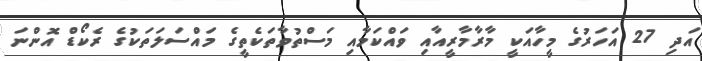
އަދި 27 އަހަރުގެ މީހާއަކީ މާރާމާރީއާއި ވައްކަމާއި މަސްތުވާތަކެތީގެ މައްސަލަތަކުގެ ރެކޯޑް އޮންނަ